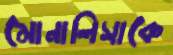
মোনালিসাকে